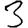
Digit: 3